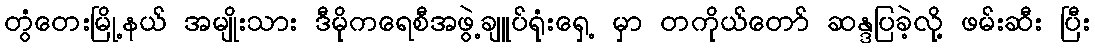
တွံတေးမြို့နယ် အမျိုးသား ဒီမိုကရေစီအဖွဲ့ချူပ်ရုံးရှေ့ မှာ တကိုယ်တော် ဆန္ဒပြခဲ့လို့ ဖမ်းဆီး ပြီး